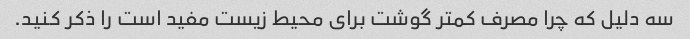
سه دلیل که چرا مصرف کمتر گوشت برای محیط زیست مفید است را ذکر کنید.